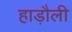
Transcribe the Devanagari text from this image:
हाड़ौली